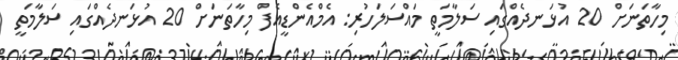
މިހާތަނަށް 20 އުޅަނދެއްގައި ސަލާމަތީ މައްސަލަހުރި: އެމްއެންޑީއެފް މިހާތަނަށް 20 އުޅަނދެއްގައި ސަލާމަތީ